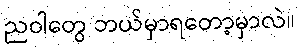
ညဝါတွေ ဘယ်မှာရတော့မှာလဲ။